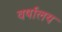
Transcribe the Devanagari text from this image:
वर्षालय